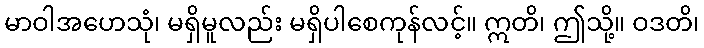
မာဝါအဟေသုံ၊ မရှိမူလည်း မရှိပါစေကုန်လင့်။ ဣတိ၊ ဤသို့။ ဝဒတိ၊